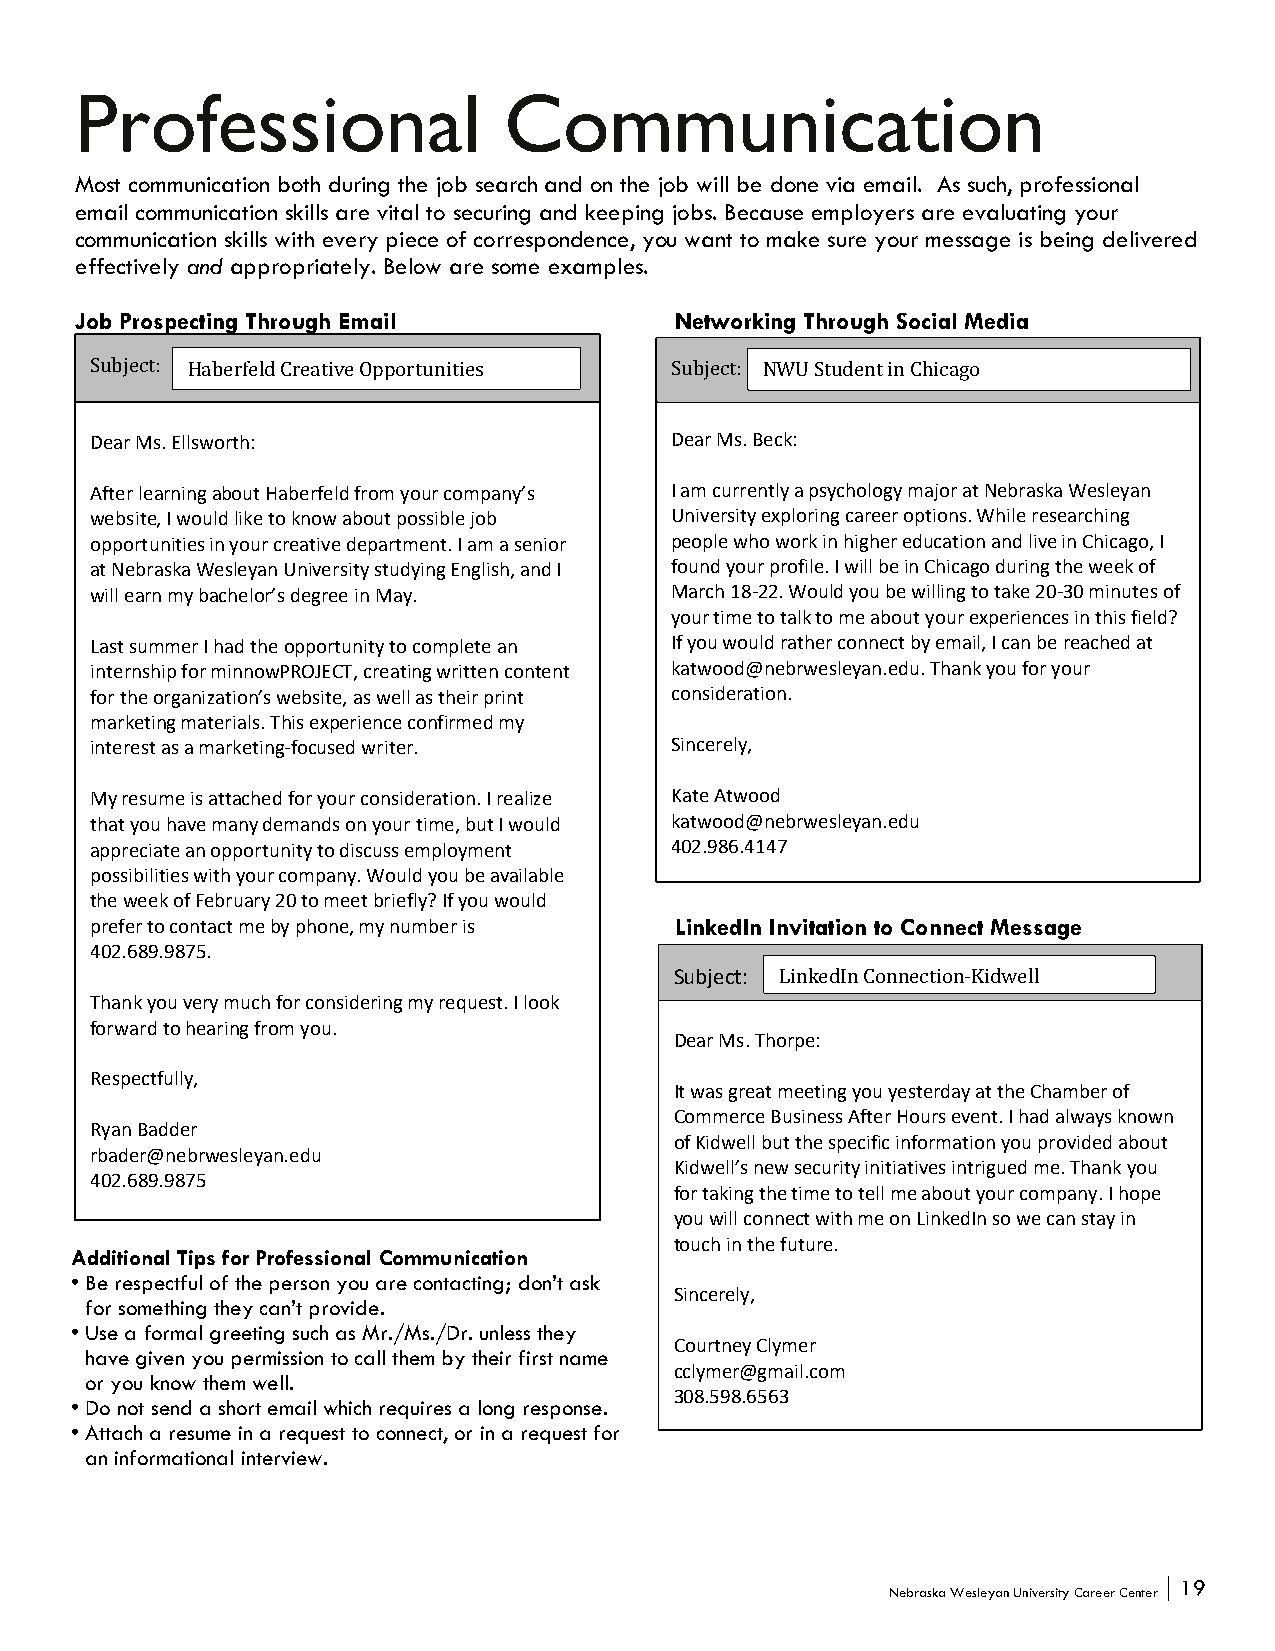
Professional                Communication
 Most communication both during the job search and on the job will be done via email. As such, professional
 email communication skills are vital to securing and keeping jobs. Because employers are evaluating your
 communication skills with every piece of correspondence, you want to make sure your message is being delivered
 effectively and appropriately. Below are some examples.
 Job Prospecting Through Email           Networking Through Social Media
 Subject: Haberfeld Creative Opportunities Subject: NWU Student in Chicago
 Dear Ms. Ellsworth:                   Dear Ms. Beck:
 After learning about Haberfeld from your company’s I am currently a psychology major at Nebraska Wesleyan
 website, I would like to know about possible job University exploring career options. While researching
 opportunities in your creative department. I am a senior people who work in higher education and live in Chicago, I
 at Nebraska Wesleyan University studying English, and I found your profile. I will be in Chicago during the week of
 will earn my bachelor’s degree in May. March 18-22. Would you be willing to take 20-30 minutes of
 your time to talk to me about your experiences in this field?
 Last summer I had the opportunity to complete an If you would rather connect by email, I can be reached at
 internship for minnowPROJECT, creating written content katwood@nebrwesleyan.edu. Thank you for your
 for the organization’s website, as well as their print consideration.
 marketing materials. This experience confirmed my
 interest as a marketing-focused writer. Sincerely,
 My resume is attached for your consideration. I realize Kate Atwood
 that you have many demands on your time, but I would katwood@nebrwesleyan.edu
 appreciate an opportunity to discuss employment 402.986.4147
 possibilities with your company. Would you be available
 the week of February 20 to meet briefly? If you would
 prefer to contact me by phone, my number is LinkedIn Invitation to Connect Message
 402.689.9875.
 Subject: LinkedIn Connection-Kidwell
 Thank you very much for considering my request. I look
 forward to hearing from you.
 Dear Ms. Thorpe:
 Respectfully,
 It was great meeting you yesterday at the Chamber of
 Commerce Business After Hours event. I had always known
 Ryan Badder
 of Kidwell but the specific information you provided about
 rbader@nebrwesleyan.edu
 Kidwell’s new security initiatives intrigued me. Thank you
 402.689.9875
 for taking the time to tell me about your company. I hope
 you will connect with me on LinkedIn so we can stay in
 touch in the future.
 Additional Tips for Professional Communication
 • Be respectful of the person you are contacting; don’t ask
 Sincerely,
 for something they can’t provide.
 • Use a formal greeting such as Mr./Ms./Dr. unless they
 Courtney Clymer
 have given you permission to call them by their first name
 cclymer@gmail.com
 or you know them well.
 308.598.6563
 • Do not send a short email which requires a long response.
 • Attach a resume in a request to connect, or in a request for
 an informational interview.
 19
 Nebraska Wesleyan University Career Center